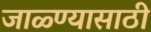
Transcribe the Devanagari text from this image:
जाळ्ण्यासाठी